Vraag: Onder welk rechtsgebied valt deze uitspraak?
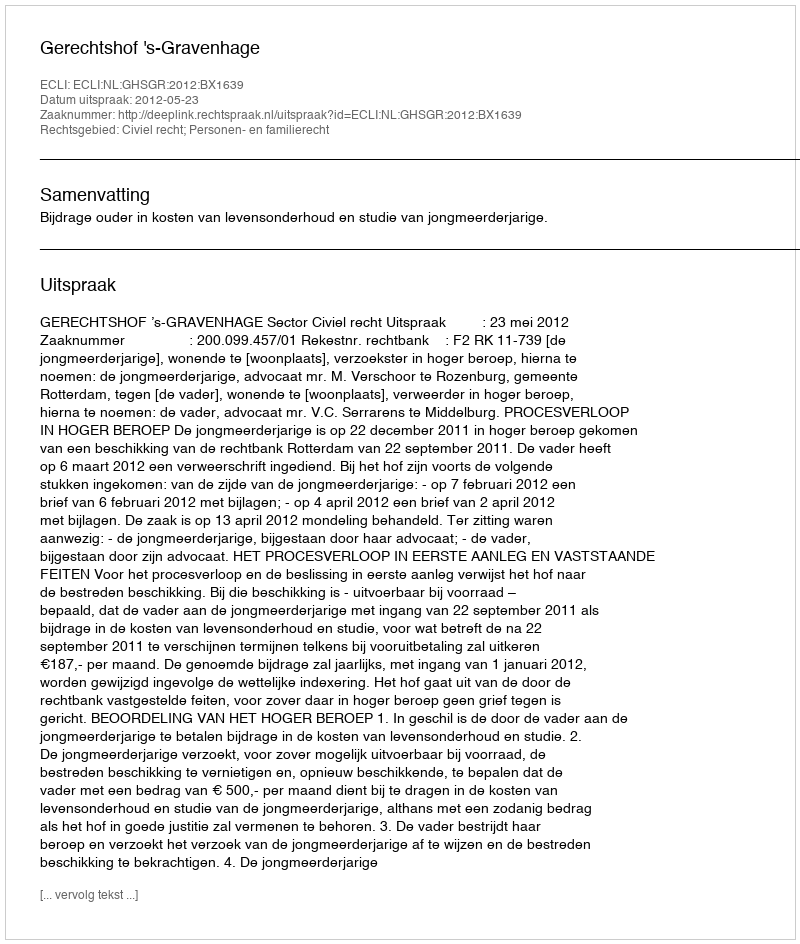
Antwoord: Civiel recht; Personen- en familierecht